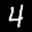
Digit: 4